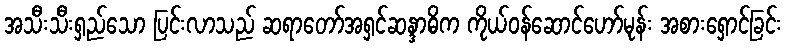
အသီးသီးရှည်သော ပြင်းလာသည် ဆရာတော်အရှင်ဆန္ဒာဓိက ကိုယ်ဝန်ဆောင်ဟော်မုန်း အစားရှောင်ခြင်း